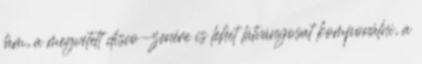
lám, a megvetett disco-zenére is lehet látványosat komponálni, a